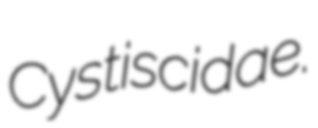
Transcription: Cystiscidae.